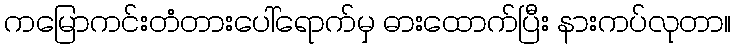
ကမြောကင်းတံတားပေါ်ရောက်မှ ဓားထောက်ပြီး နားကပ်လုတာ။